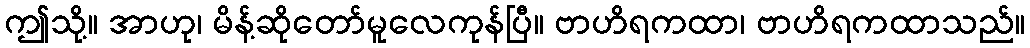
ဤသို့။ အာဟု၊ မိန့်ဆိုတော်မူလေကုန်ပြီ။ ဗာဟိရကထာ၊ ဗာဟိရကထာသည်။